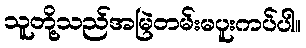
သူတို့သည်အမြဲတမ်းမပူးကပ်ပါ။